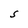
Character: S